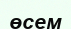
өсем